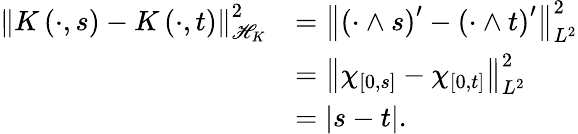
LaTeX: \begin{array}{rl}{\left\Vert K\left(\cdot,s\right)-K\left(\cdot,t\right)\right\Vert_{\mathscr{H}_{K}}^{2}}&{=\left\Vert\left(\cdot\wedge s\right)^{\prime}-\left(\cdot\wedge t\right)^{\prime}\right\Vert_{L^{2}}^{2}}\\ &{=\left\Vert\chi_{\left[0,s\right]}-\chi_{\left[0,t\right]}\right\Vert_{L^{2}}^{2}}\\ &{=\left|s-t\right|.}\end{array}